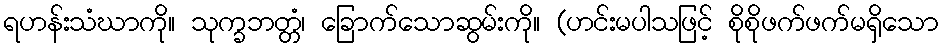
ရဟန်းသံဃာကို။ သုက္ခဘတ္တံ၊ ခြောက်သောဆွမ်းကို။ (ဟင်းမပါသဖြင့် စိုစိုဖက်ဖက်မရှိသော